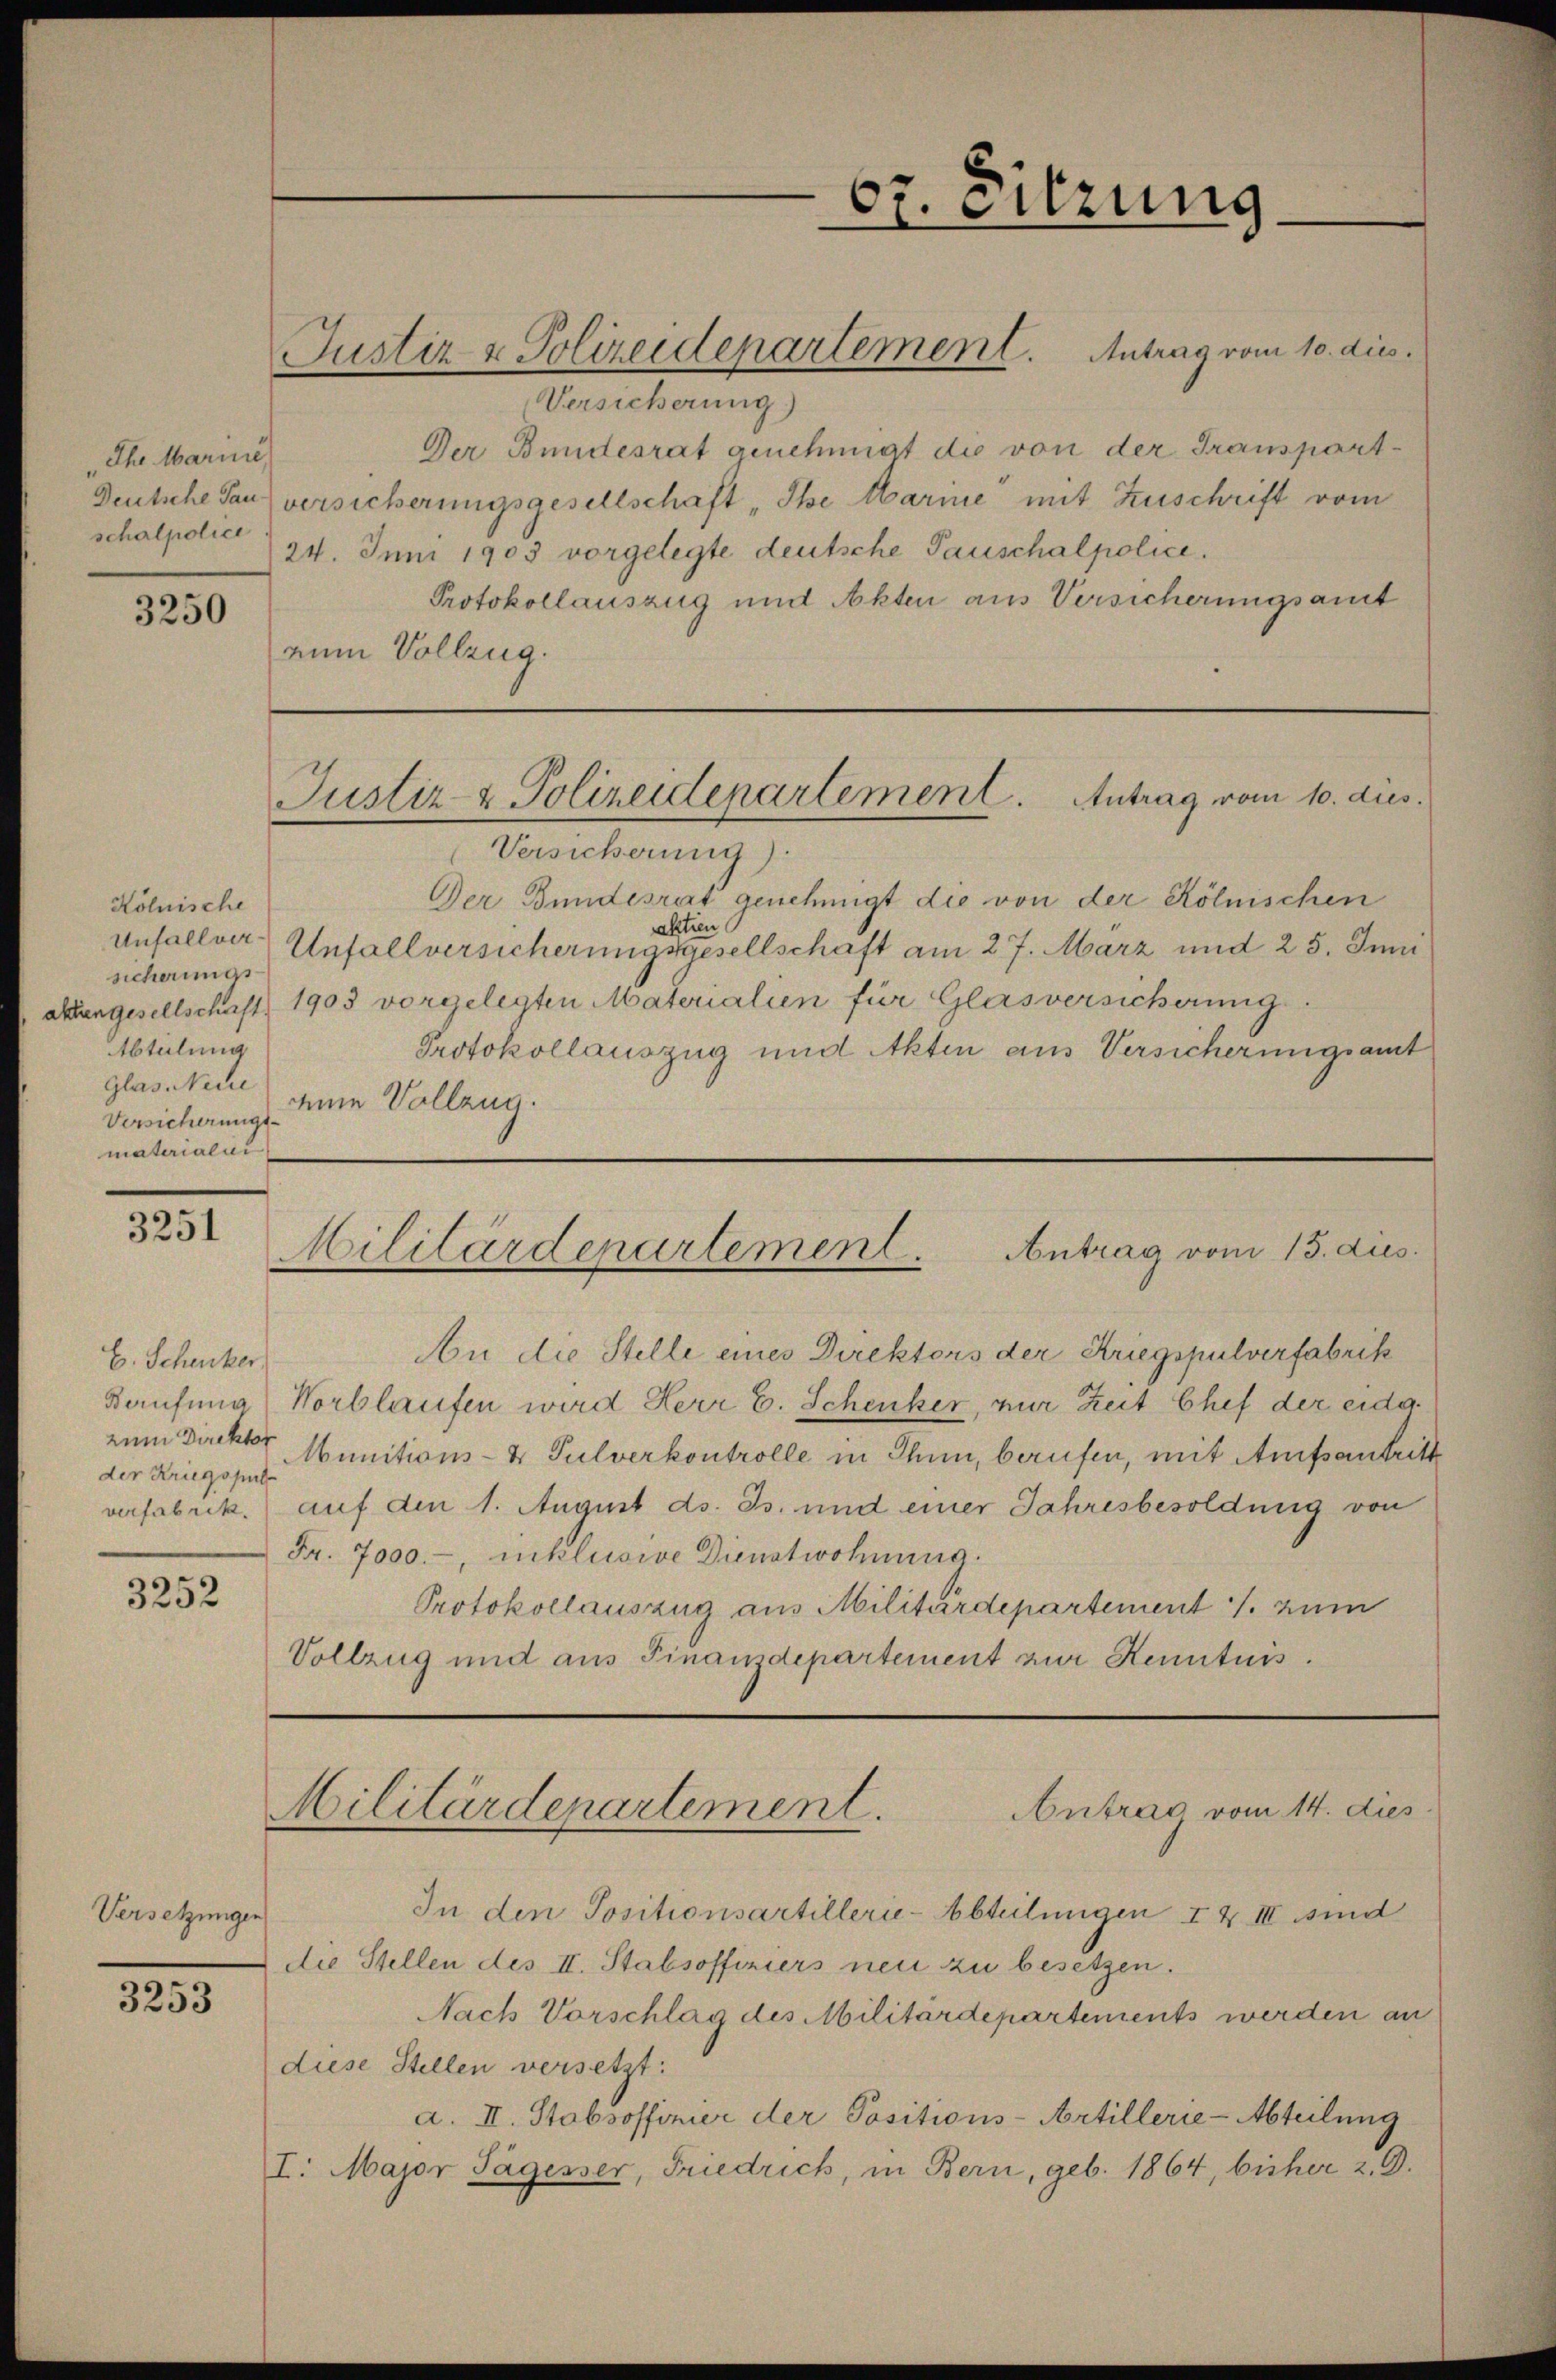
Ihr Marine
schalpolice

3250

Kölnische
sicherungs-
Abteilung
Glas Neue
Versicherungs
materialis

3251

E. Schenker,
der Kriegspul
verfabrik.

3252

Versetzungen

3253

Versicherung)
Der Bundesrat genehmigt die von der Transpart¬
Deutsche San versicherungsgesellschaft „Ihe Marine mit Zuschrift vom
24. Juni 1903 vorgelegte deutsche Pauschalpolice.
Protokollauszug und Akten aus Versicherungsamt
num Vollzug.

Justiz & Polizeidenartement. Antrag vom 10. dies

67. Sitzung

Justiz- & Polizeidepartement. Antrag vom 10. dies.

Versicherung).
Der Bundesrat genehmigt die von der Kölnischen
aktien
unfallver Unfallversicherungsgesellschaft am 27. März und 25. Juni
akungesellschaft 1903 vorgelegten Materialien für Glas versicherung.
Protokollauszug und Akten aus Versicherungsamt
eine Vollzug.

u die Stelle eines Direktors der Kriegspulverfabrik
Baufung Norblaufen wird Herr E. Schenker, zur Zeit Chef der eidg.
zum Direktor Munitions- & Pulverkontrolle in Thun, berufen, mit Aufsantritt
auf den 1. August ds. Js. und einer Jahresbesoldung von
Fr. 7000.-, inklusive Dienstwohnung.
Protokollauszug aus Militärdepartement J. zum
Vollzug und aus Finandepartement zur Kenntnis.

Militärdepartement. Antrag vom 15. dies

Militärdepartement.
Antrag vom 14. dies

In den Positionsartillerie-Abteilungen I & III sind
die Stellen des II. Stabsoffiziers neu zu besetzen.
Nach Vorschlag des Militärdepartements werden an
diese Stellen versetzt:
a. II. Stabsoffinier der Positions-Artillerie-Abteilung
I. Major Tagesser, Friedrich, in Bern, geb. 1864, bisher 2. D.